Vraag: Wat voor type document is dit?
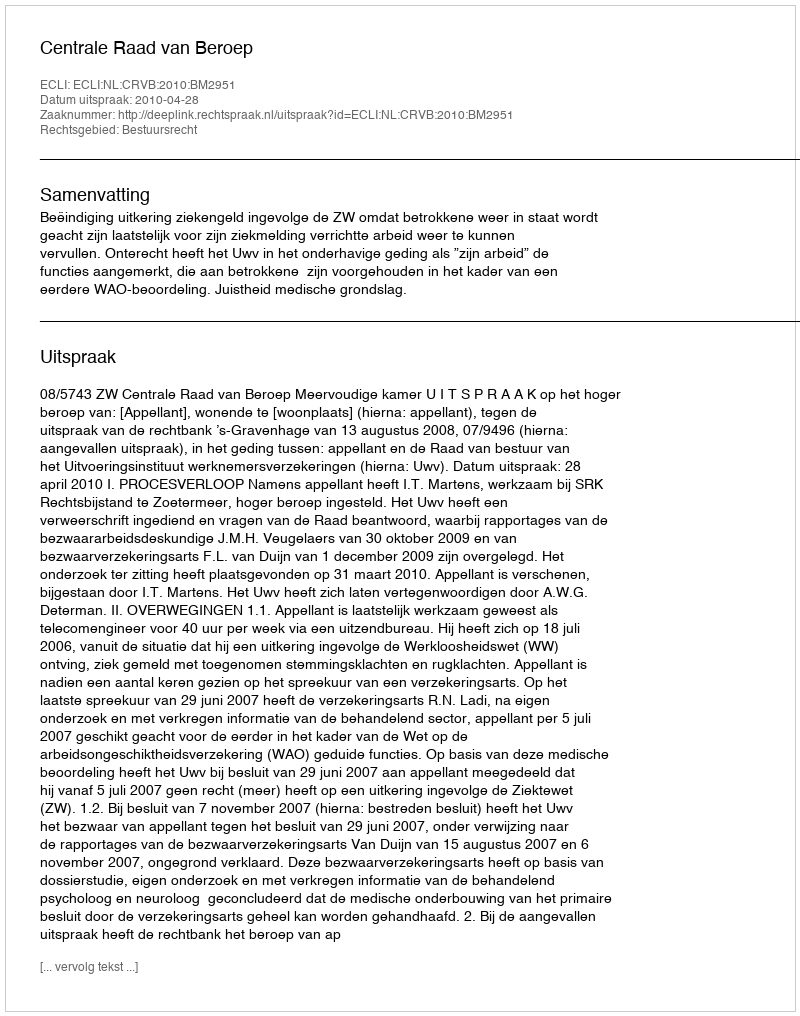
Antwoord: Uitspraak